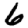
Digit: 6